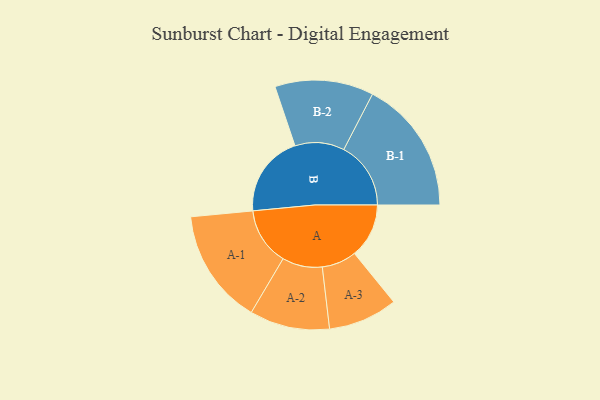
{"axis": {"x": "Segment", "y": "Value"}, "legend": ["", "A", "B"], "data": [{"x": "A", "y": 234, "type": ""}, {"x": "B", "y": 353, "type": ""}, {"x": "A-1", "y": 248, "type": "A"}, {"x": "A-2", "y": 172, "type": "A"}, {"x": "A-3", "y": 149, "type": "A"}, {"x": "B-1", "y": 288, "type": "B"}, {"x": "B-2", "y": 212, "type": "B"}]}